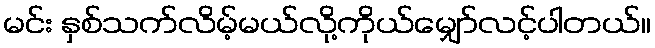
မင်း နှစ်သက်လိမ့်မယ်လို့ကိုယ်မျှော်လင့်ပါတယ်။